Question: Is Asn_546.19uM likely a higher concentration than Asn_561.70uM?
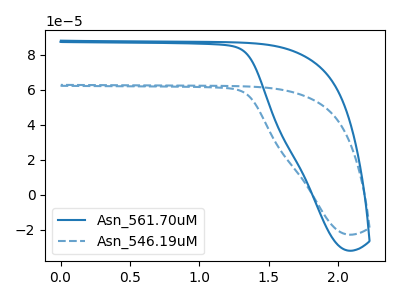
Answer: <think>The blue curve "Asn_561.70uM" has no peaks. The blue dashed curve "Asn_546.19uM" has no peaks.
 Neither "Asn_546.19uM" or "Asn_561.70uM" have any peaks.</think>
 <answer>I cant tell if "Asn_546.19uM" or "Asn_561.70uM" has more signal.</answer>
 <eval>mixed_signal</eval>